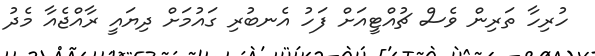
ހުރިހާ ތަރިން ވެސް ޗުއްޓީއަށް ފަހު އެނބުރި ގައުމަށް ދިޔައީ ރާއްޖެއާ މެދު